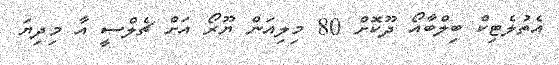
އެތުލެޓިކް ބިލްބާއޯ ދޫކޮށް 80 މިލިއަން ޔޫރޯ އަށް ޗެލްސީ އާ މިދިޔަ